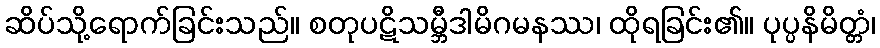
ဆိပ်သို့ရောက်ခြင်းသည်။ စတုပဋိသမ္ဘီဒါမိဂမနဿ၊ ထိုရခြင်း၏။ ပုပ္ပနိမိတ္တံ၊